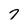
Character: 7